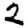
Digit: 2